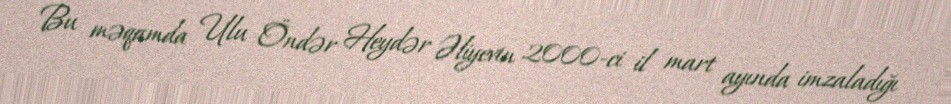
Bu məqamda Ulu Öndər Heydər Əliyevin 2000-ci il mart ayında imzaladığı